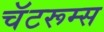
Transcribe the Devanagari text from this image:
चॅटरूम्स